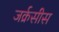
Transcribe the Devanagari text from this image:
जर्क्रसीस